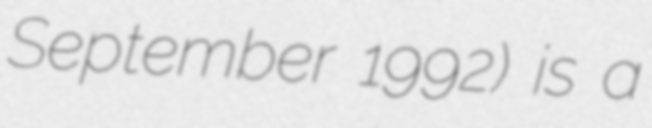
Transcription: September 1992) is a